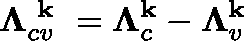
\mathbf { \Lambda } _ { c v } ^ { \textbf { k } } = \mathbf { \Lambda } _ { c } ^ { \mathbf { k } } - \mathbf { \Lambda } _ { v } ^ { \mathbf { k } }